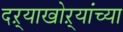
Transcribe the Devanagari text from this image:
दऱ्याखोऱ्यांच्या